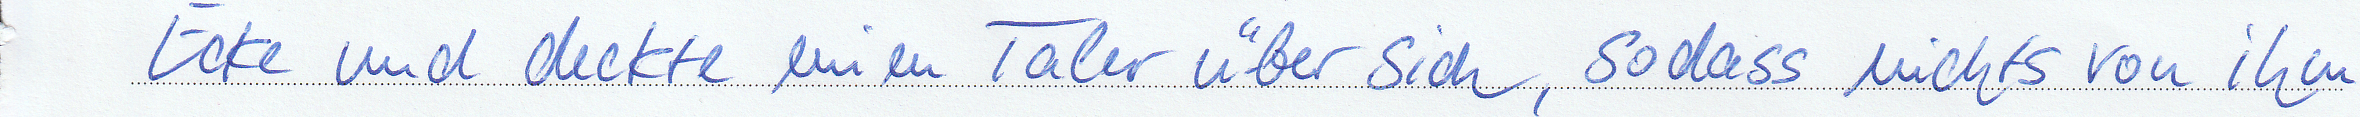
Ecke und deckte einen Taler über sich, sodass nichts von ihm